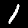
Label: 1